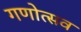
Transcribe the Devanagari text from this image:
गणोत्सव